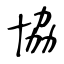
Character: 協